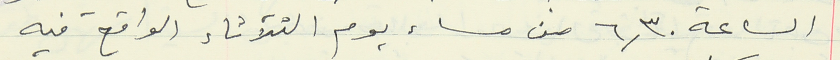
الساعة ٦,٣٠ من مساء يوم الثلاثاء الواقع فيه